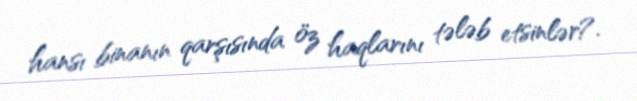
hansı binanın qarşısında öz haqlarını tələb etsinlər?.